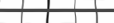
١٣